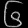
Digit: ၆